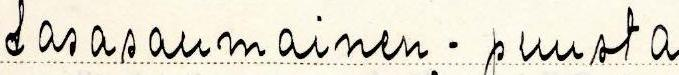
tasasaumainen - puusta